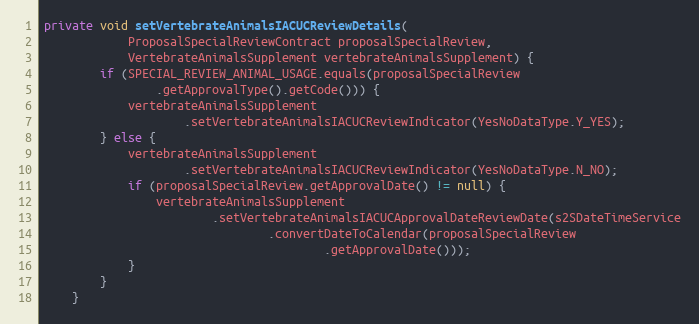
Language: Java
private void setVertebrateAnimalsIACUCReviewDetails(
			ProposalSpecialReviewContract proposalSpecialReview,
			VertebrateAnimalsSupplement vertebrateAnimalsSupplement) {
		if (SPECIAL_REVIEW_ANIMAL_USAGE.equals(proposalSpecialReview
				.getApprovalType().getCode())) {
			vertebrateAnimalsSupplement
					.setVertebrateAnimalsIACUCReviewIndicator(YesNoDataType.Y_YES);
		} else {
			vertebrateAnimalsSupplement
					.setVertebrateAnimalsIACUCReviewIndicator(YesNoDataType.N_NO);
			if (proposalSpecialReview.getApprovalDate() != null) {
				vertebrateAnimalsSupplement
						.setVertebrateAnimalsIACUCApprovalDateReviewDate(s2SDateTimeService
								.convertDateToCalendar(proposalSpecialReview
										.getApprovalDate()));
			}
		}
	}